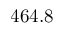
4 6 4 . 8